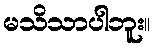
မသိသာပါဘူး။